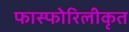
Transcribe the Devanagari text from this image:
फास्फोरिलीकृत